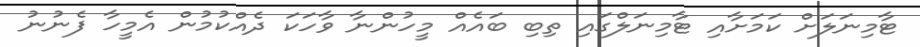
ޓާމިނަލަށް ކަމަށާއި ޓާމިނަލްގައި ތިބި ބައެއް މީހުންނާ ވާހަކަ ދެއްކުމުން އެމީހާ ފެނުނު